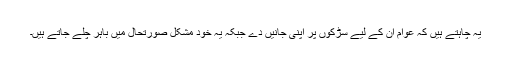
یہ چاہتے ہیں کہ عوام ان کے لیے سڑکوں پر اپنی جانیں دے جبکہ یہ خود مشکل صورتحال میں باہر چلے جاتے ہیں۔